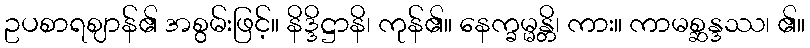
ဥပစာရဈာန်၏ အစွမ်းဖြင့်။ နိဒ္ဒိဋ္ဌာနိ၊ ကုန်၏။ နေက္ခမ္မန္တိ၊ ကား။ ကာမစ္ဆန္ဒဿ၊ ၏။